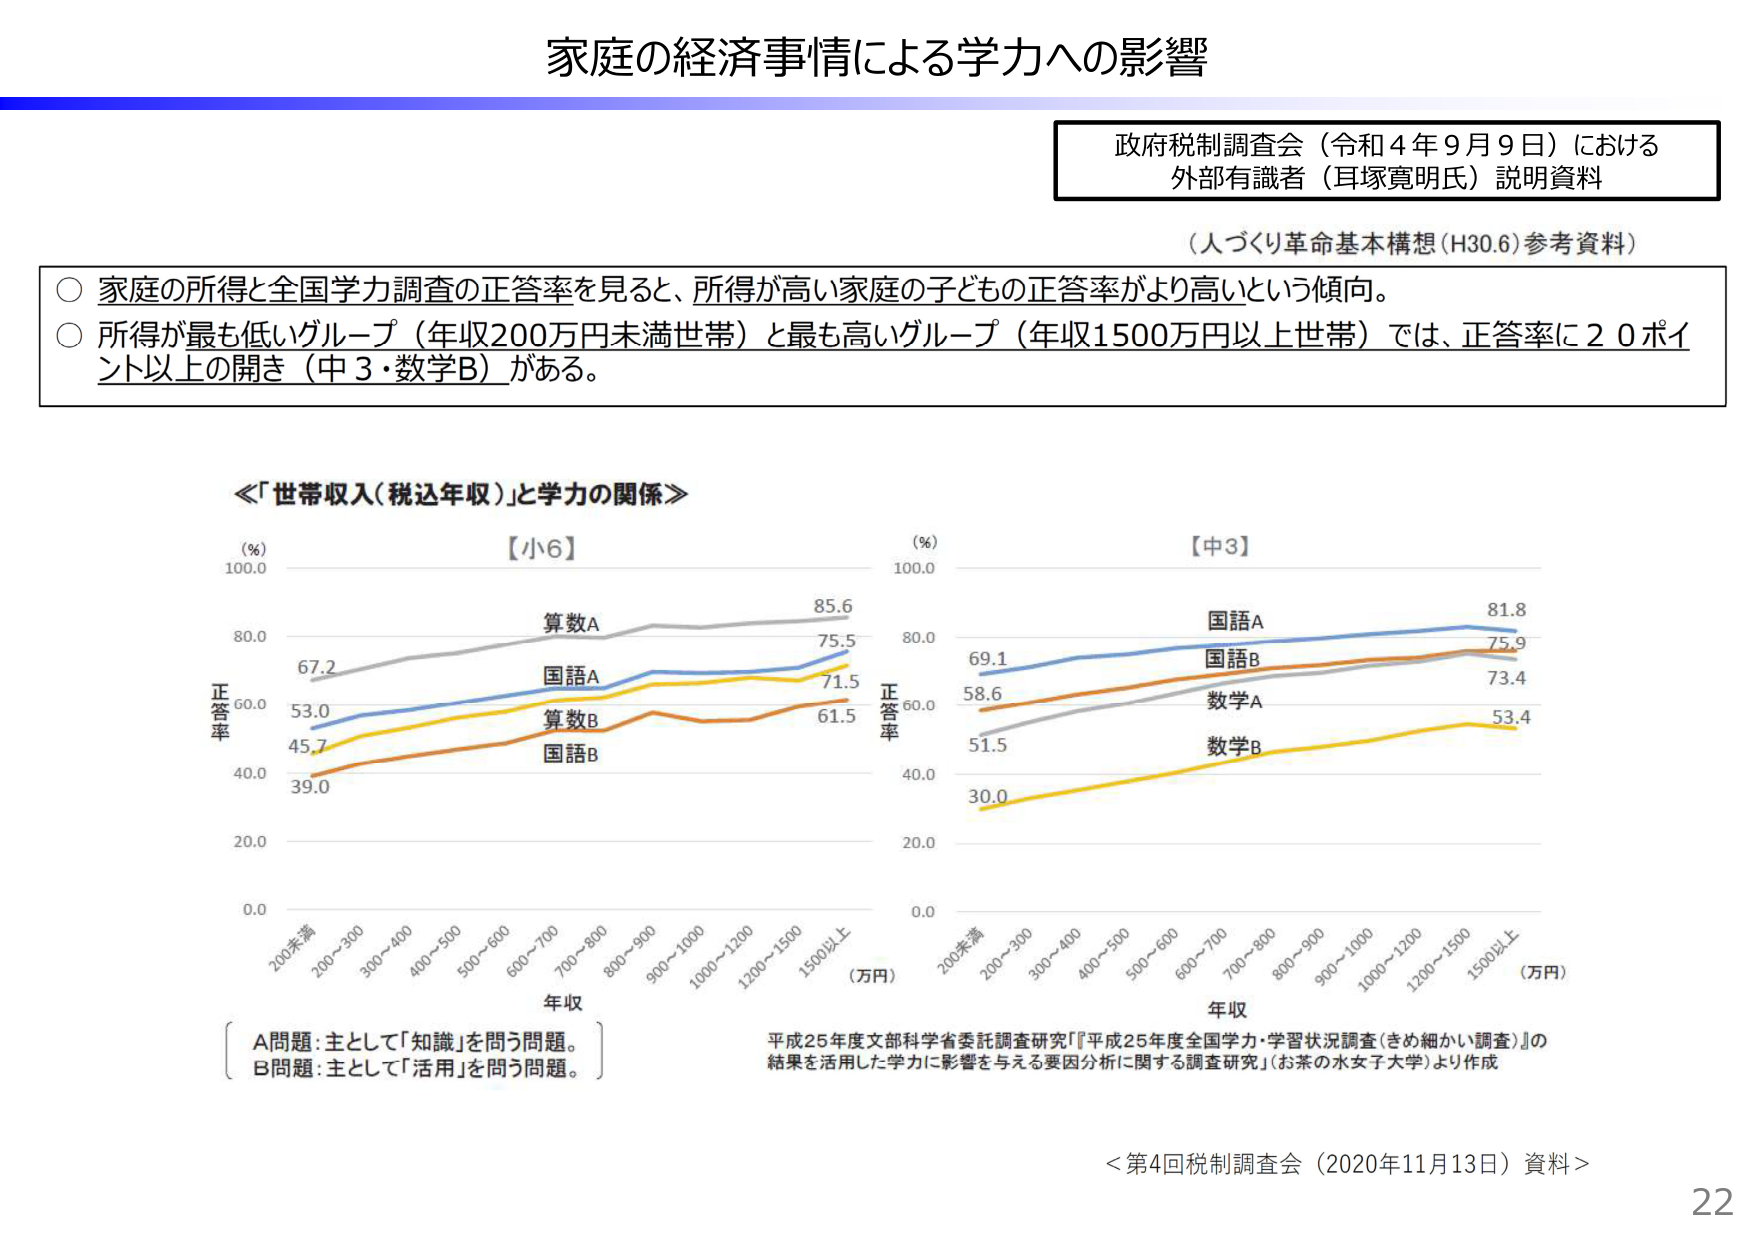
家庭の経済事情による学力への影響

政府税制調査会（令和４年９月９日）における
外部有識者（耳塚寛明氏）説明資料

（人づくり革命基本構想（H30.6）参考資料）

○ 家庭の所得と全国学力調査の正答率を見ると、所得が高い家庭の子どもの正答率がより高いという傾向。
○ 所得が最も低いグループ（年収200万円未満世帯）と最も高いグループ（年収1500万円以上世帯）では、正答率に20ポイント以上の開き（中3・数学B）がある。

≪「世帯収入（税込年収）」と学力の関係≫

【小6】
（%）
100.0
80.0
60.0
40.0
20.0
0.0

正答率

算数A
67.2 → 85.6
国語A
53.0 → 75.5
算数B
45.7 → 71.5
国語B
39.0 → 61.5

年収
200未満
200～300
300～400
400～500
500～600
600～700
700～800
800～900
900～1000
1000～1200
1200～1500
1500以上
（万円）

【中3】
（%）
100.0
80.0
60.0
40.0
20.0
0.0

正答率

国語A
69.1 → 81.8
国語B
58.6 → 75.9
数学A
51.5 → 73.4
数学B
30.0 → 53.4

年収
200未満
200～300
300～400
400～500
500～600
600～700
700～800
800～900
900～1000
1000～1200
1200～1500
1500以上
（万円）

〔A問題：主として「知識」を問う問題。
B問題：主として「活用」を問う問題。〕

平成25年度文部科学省委託調査研究『「平成25年度全国学力・学習状況調査（きめ細かい調査）」の結果を活用した学力に影響を与える要因分析に関する調査研究』（お茶の水女子大学）より作成

＜第4回税制調査会（2020年11月13日）資料＞

22